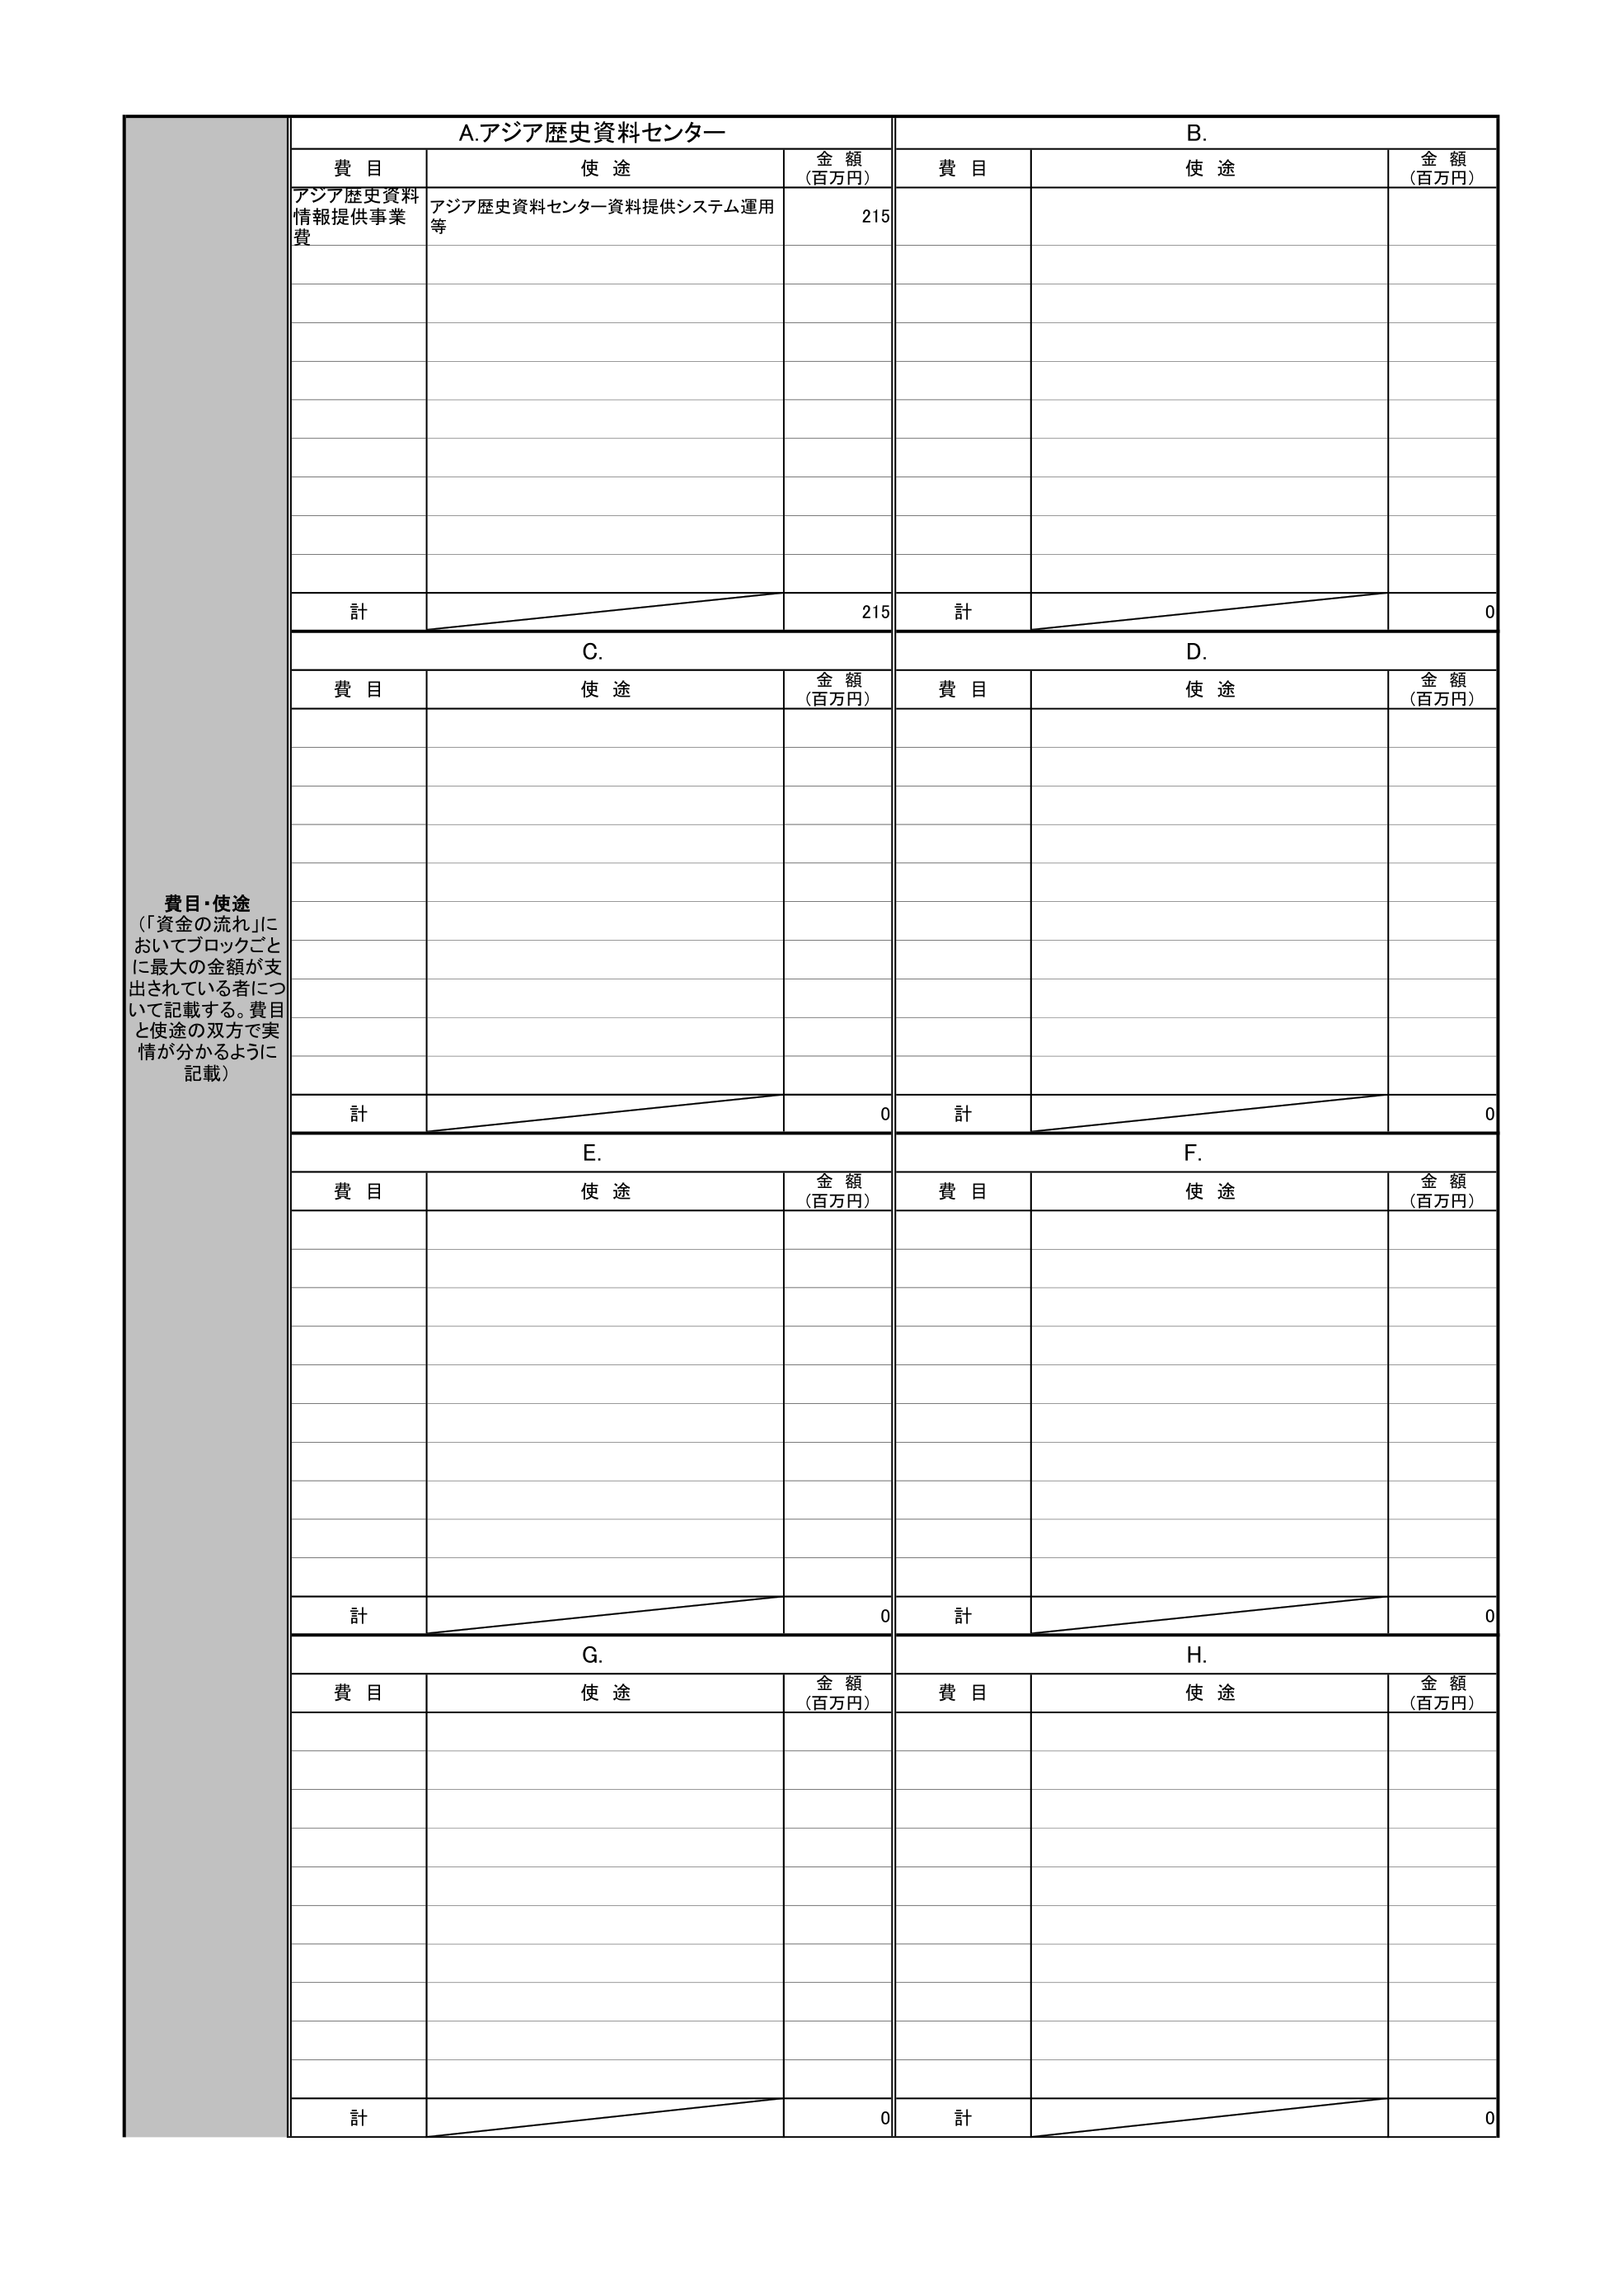
費目・使途
（「資金の流れ」においてブロックごとに最大の金額が支出されている者について記載する。費目と使途の双方で実情が分かるように記載）

A.アジア歴史資料センター
費目